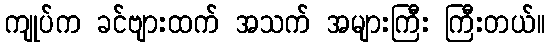
ကျုပ်က ခင်ဗျားထက် အသက် အများကြီး ကြီးတယ်။